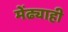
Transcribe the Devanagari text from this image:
मेंढ्याही